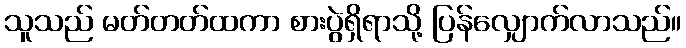
သူသည် မတ်တတ်ထကာ စားပွဲရှိရာသို့ ပြန်လျှောက်လာသည်။